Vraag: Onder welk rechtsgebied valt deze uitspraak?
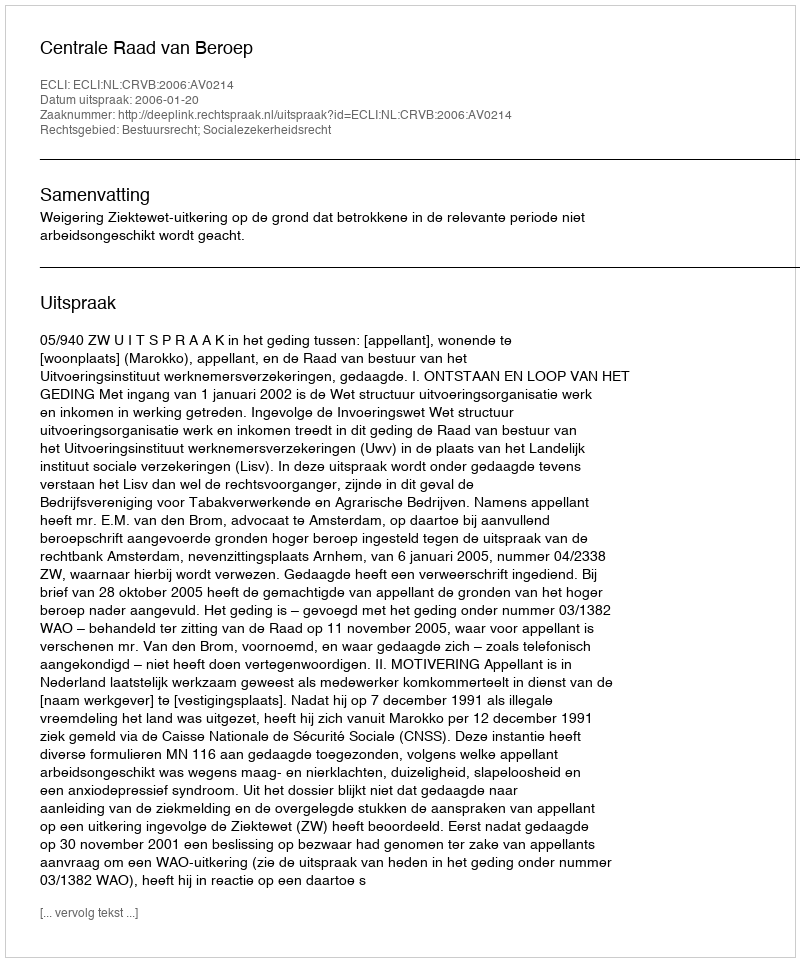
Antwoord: Bestuursrecht; Socialezekerheidsrecht